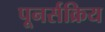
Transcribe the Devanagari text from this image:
पूनर्सक्रिय